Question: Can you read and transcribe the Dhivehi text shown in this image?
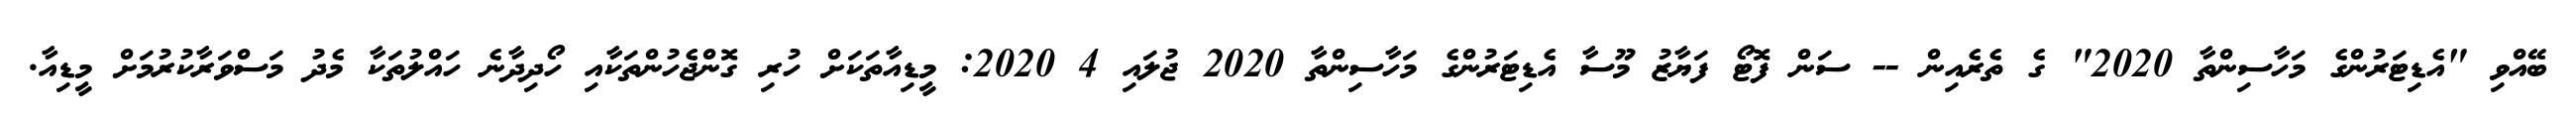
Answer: ބޭއްވި "އެޑިޓަރުންގެ މަހާސިންތާ 2020" ގެ ތެރެއިން -- ސަން ފޮޓޯ ފަޔާޒު މޫސާ އެޑިޓަރުންގެ މަހާސިންތާ 2020 ޖުލައި 4 2020: މީޑިއާތަކަށް ހުރި ގޮންޖެހުންތަކާއި ހޯދިދާނެ ހައްލުތަކާ މެދު މަސްވަރާކުރުމަށް މީޑިއާ.